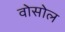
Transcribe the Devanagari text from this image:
वोसोल